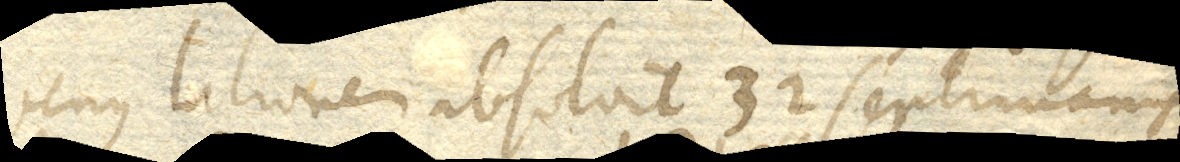
Venus lationem absolvit 32 septimanis